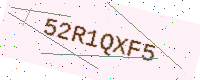
Text: 52R1QXF5